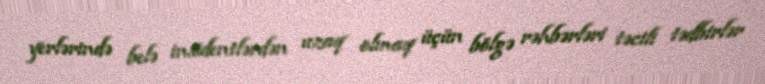
yerlərində belə insidentlərdən uzaq olmaq üçün bölgə rəhbərləri təcili tədbirlər